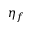
\eta _ { f }